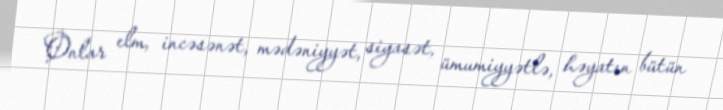
Onlar elm, incəsənət, mədəniyyət, siyasət, ümumiyyətlə, həyatın bütün